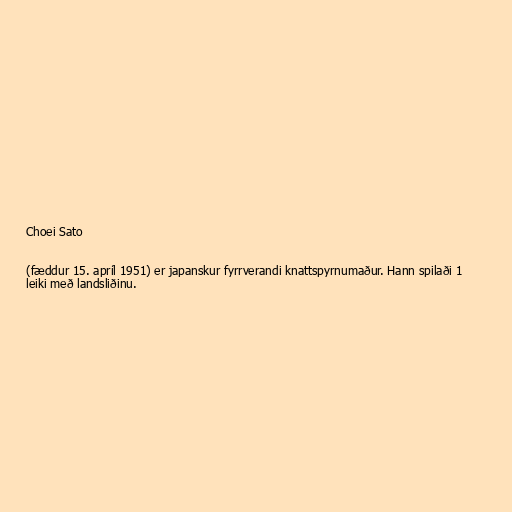
Choei Sato

(fæddur 15. apríl 1951) er japanskur fyrrverandi knattspyrnumaður. Hann spilaði 1
leiki með landsliðinu.